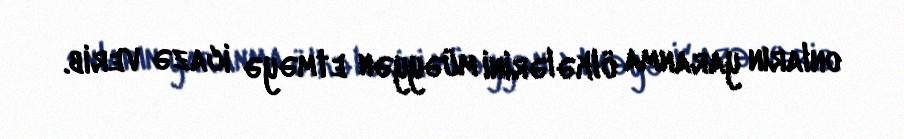
onların yaranma ölkələrini müəyyən etməyə icazə verib.